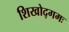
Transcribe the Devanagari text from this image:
शिखोद्गमः